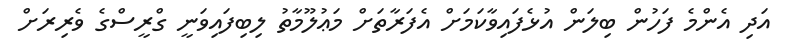
އަދި އެންމެ ފަހުން ބިލަން އުޅެފައިވާކަމަށް އެފަރާތަށް މަޢުލޫމާތު ލިބިފައިވަނީ ގްރީސްގެ ވެރިރަށް